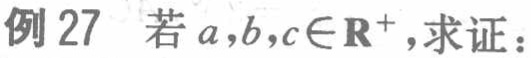
例27 若\(a,b,c\in\mathbf{R}^{+}\)，求证：